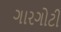
ગારગોટી